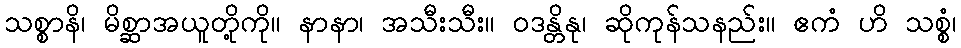
သစ္စာနိ၊ မိစ္ဆာအယူတို့ကို။ နာနာ၊ အသီးသီး။ ဝဒန္တိနု၊ ဆိုကုန်သနည်း။ ဧကံ ဟိ သစ္စံ၊